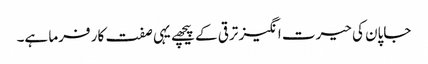
جاپان کی حیرت انگیز ترقی کے پیچھے یہی صفت کار فرما ہے۔